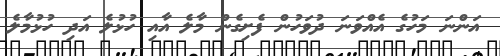
އަންނަ މަހުގެ އެއްވަނަ ދުވަހުން ފެށިގެން މާލެ އާއި ހުޅުލެ އަދި ހުޅުމާލެ